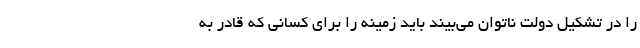
را در تشکیل دولت ناتوان می‌بیند باید زمینه را برای کسانی که قادر به